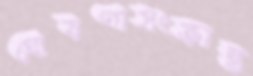
ঘোষণাসংক্রান্ত